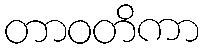
တာဝတိကာ